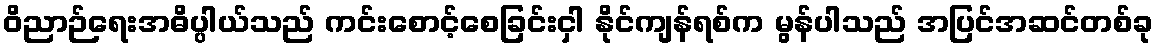
ဝိညာဉ်ရေးအဓိပ္ပါယ်သည် ကင်းစောင့်စေခြင်းငှါ နိုင်ကျန်ရစ်က မွန်ပါသည် အပြင်အဆင်တစ်ခု